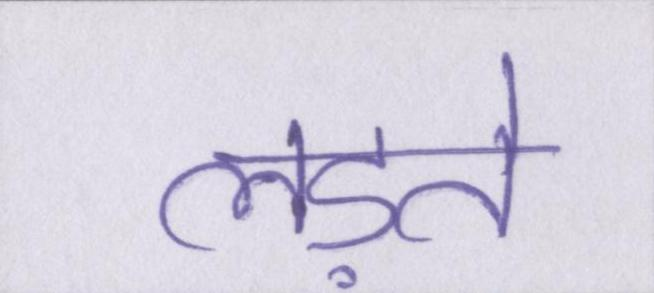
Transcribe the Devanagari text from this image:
लड़ते